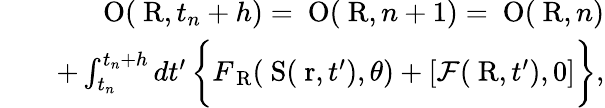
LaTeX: \begin{array}{rlr}&{}&{\mathrm{{\mathbf~O}}(\mathrm{{\mathbf~R}},t_{n}+h)=\mathrm{{\mathbf~O}}(\mathrm{{\mathbf~R}},n+1)=\mathrm{{\mathbf~O}}(\mathrm{{\mathbf~R}},n)}\\ &{}&{+\int_{t_{n}}^{t_{n}+h}dt^{\prime}\, \biggl\{ F_{\mathrm{{\mathbf~R}}}({\mathrm{{\mathbf~S}}}(\mathrm{{\mathbf~r}},t^{\prime}),\theta)+[{\cal F}(\mathrm{{\mathbf~R}},t^{\prime}),0]\biggr\} ,}\end{array}